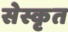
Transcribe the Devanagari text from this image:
सेस्कृत